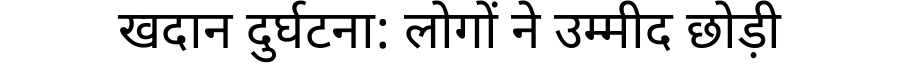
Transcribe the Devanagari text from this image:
खदान दुर्घटना: लोगों ने उम्मीद छोड़ी